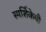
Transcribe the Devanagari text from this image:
स्पर्शिकेची